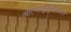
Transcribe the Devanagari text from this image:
आत्मानुभूतीनंतर